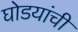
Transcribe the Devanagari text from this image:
घोडयांची